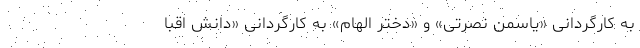
به کارگردانی «یاسمن نصرتی» و «دختر الهام» به کارگردانی «دانش اقبا